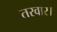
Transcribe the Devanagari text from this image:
तरवार।